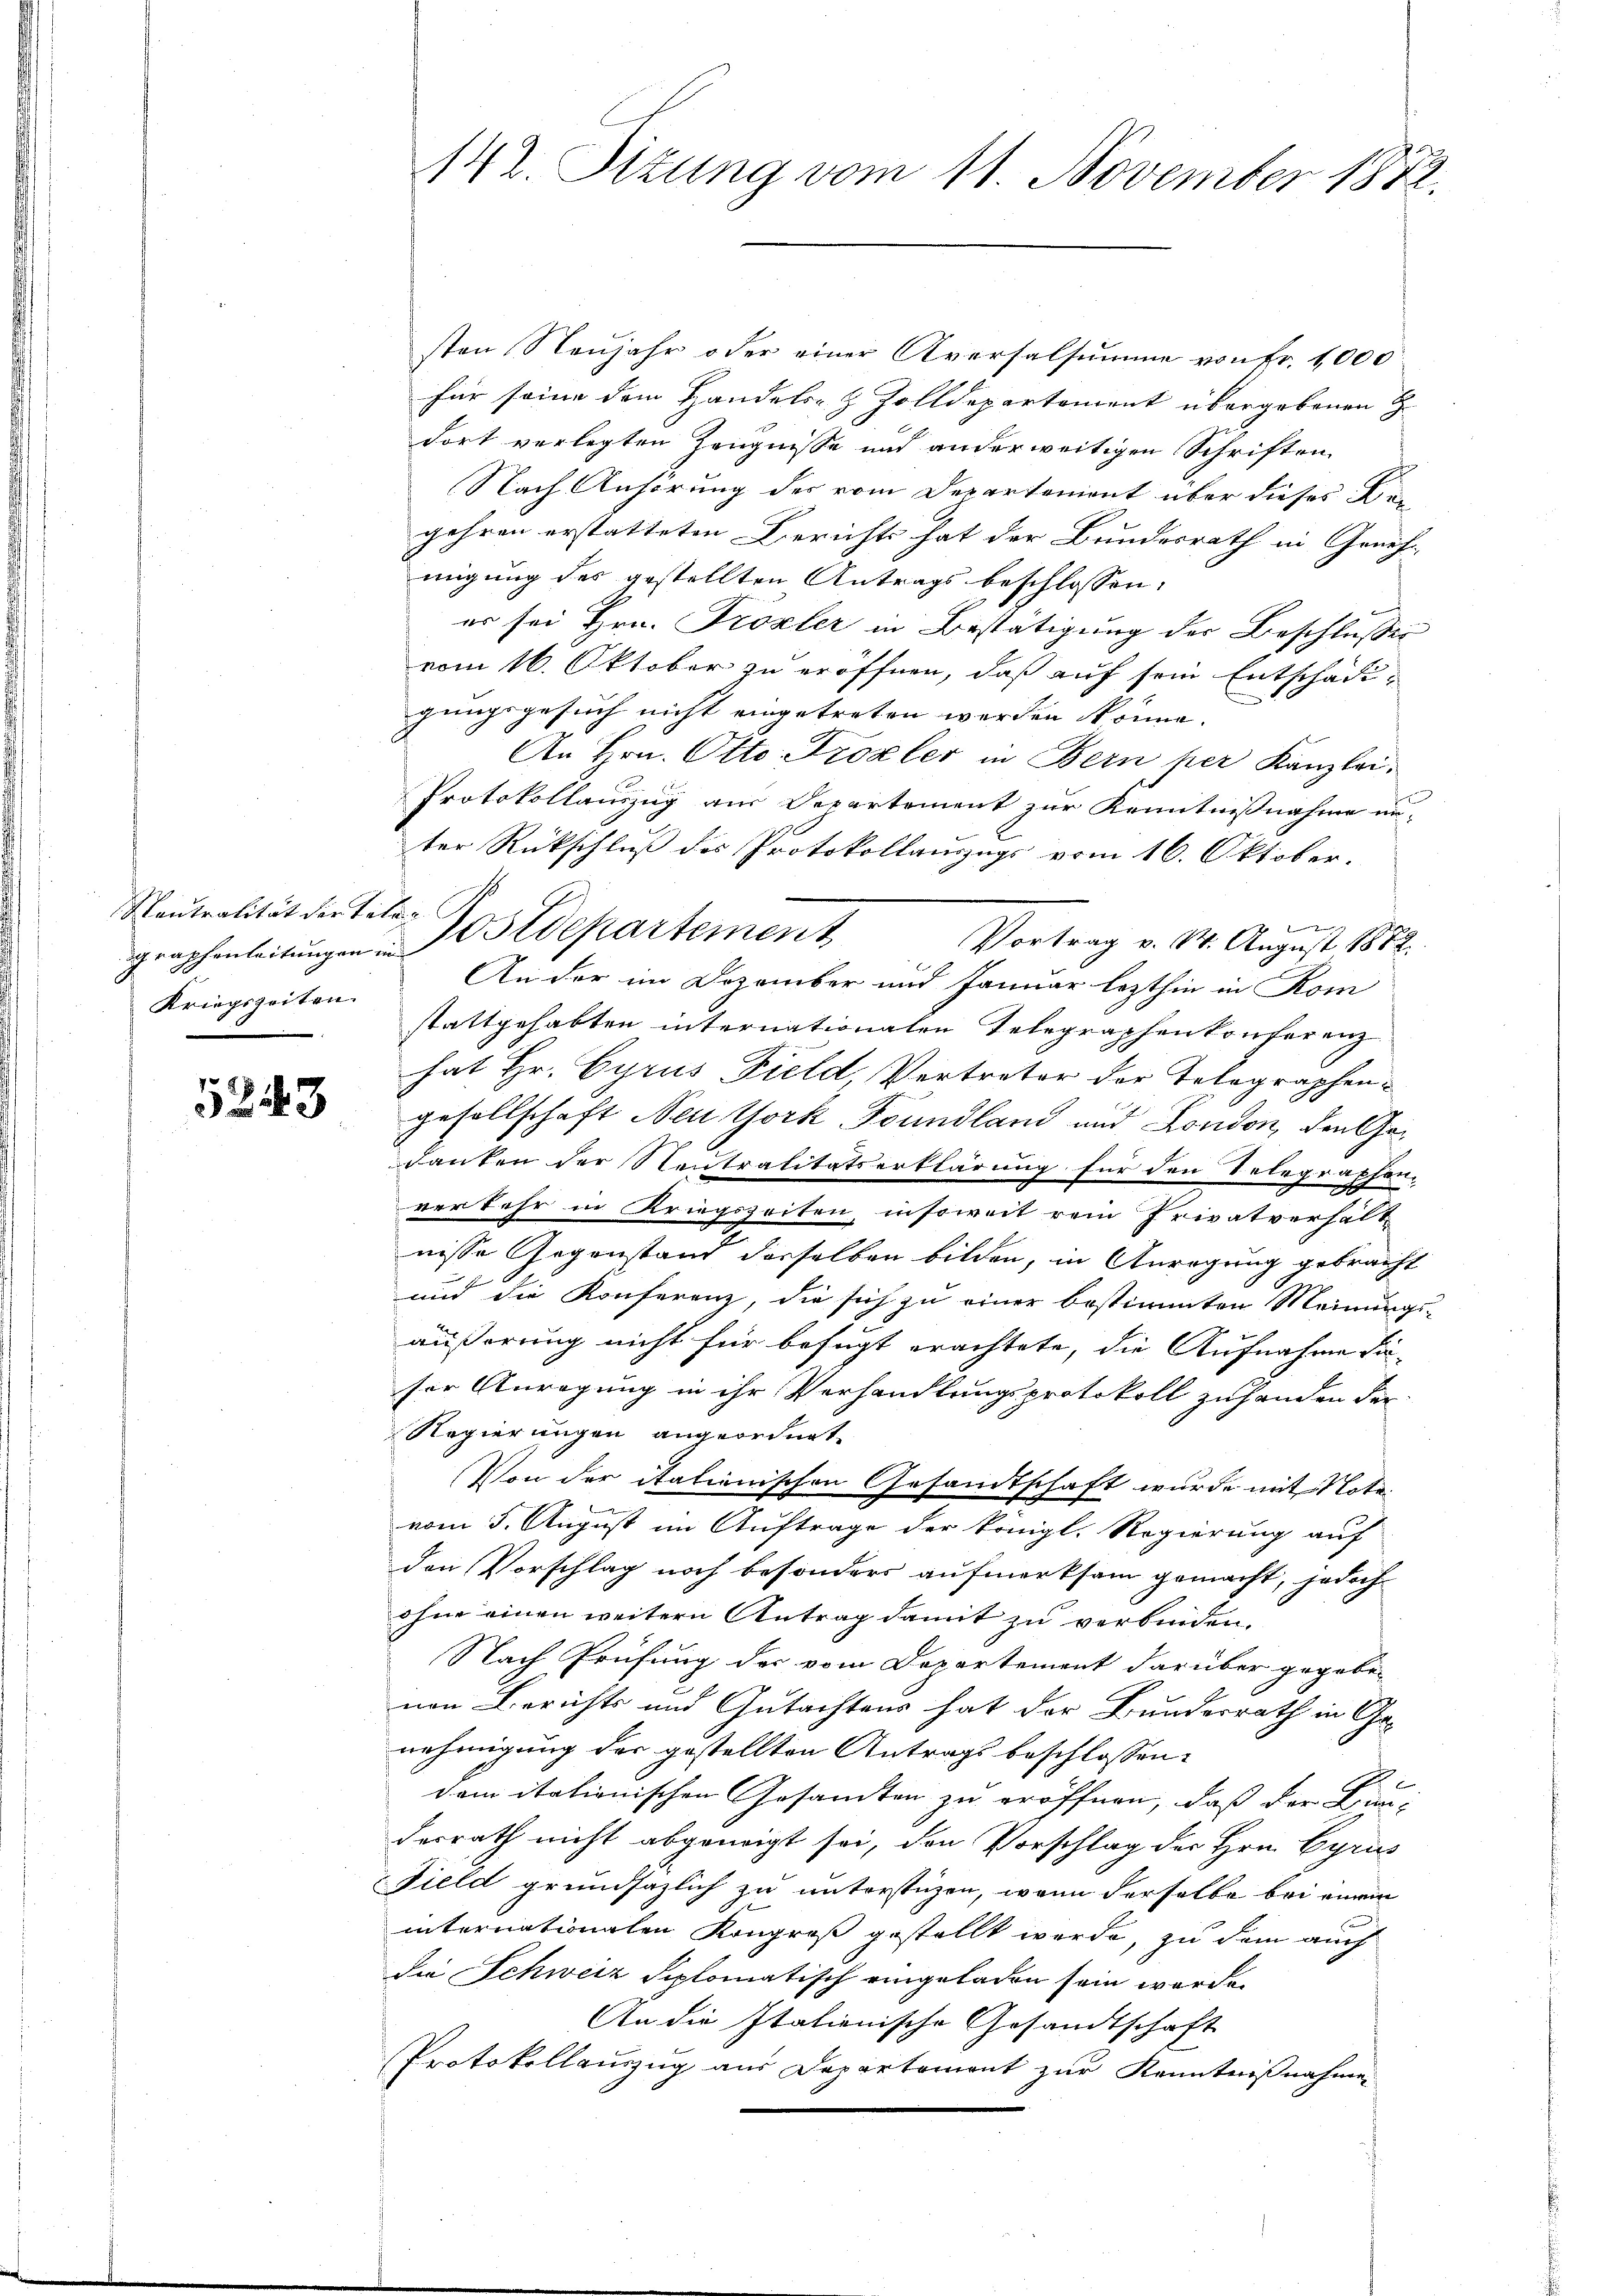
Neutralität der Taten
Kriegszeiten.

5243

142. Pitung vom 11. November 1872.

sten Neujahr oder einer Aversalsumme von Fr. 1000
für seine dem Handels- & Zolldepartement übergebenen H
dort verlegten Zeugnisse und anderweitigen Schriften
Nach Anhörung des vom Departement über dieses Bei
gehren erstatteten Berichts hat der Bundesrath in Geneh-
migung des gestellten Antrags beschlossen:
er sei Hrn. Prozler in Bestätigung der Beschlusser
vom 16. Oktober zu eröffnen, daß auf sein Entschädigungsgesuch nicht eingetreten werden könne.
An Hrn. Otto Trozler in Bern per Kanzlei.
Protokollauszug aus Departement zur Kenntnißnahme un-
ter Rückschluß des Protokollauszugs vom 16. Oktober.
I
graphenleitungen Ostdepartement
Vortrag v. 14. August 1882.
An der im Dezember und Januar lezthin in Kom
stattgehabten internationalen Telegraphen konferenz
hat Hr. Cyrus Field, Vertreter der Totographengesellschaft Neu York Foundland und London, den Gedanken der Neutralitätserklärung für den Telegraphen-
verkehr in Kriegszeiten, insoweit rein Privatverhält
nisse Gegenstand derselben bilden, in Anregung gebracht
und die Konferenz, die sich zu einer bestimmten Meinungs-
äußerung nicht für befugt erachtete, die Aufnahme da-
ser Anregung in ihr Verhandlungsprotokoll zu handen der
Regierungen angeordnet
Von der itationischen Gesandtschaft wurde mit Notavom 5. August im Auftrage der königl. Regierung auf
den Vorschlag noch besonders aufmerksam gemacht, jedoch
ohne einen weitern Antrag damit zu verbinden.
Nach Prüfung des vom Departement darüber gegeben
nen Berichts und Gutachtens hat der Bundesrath in Genehmigung der gestellten Antrags beschlossen:
dem itationischen Gesamten zu eröffnen, daß der Bau-
derrath nicht abgeneigt sei, den Vorschlag des Hrn. Cyris
Field grundsazlich zu unterstüzen, wenn derselbe bei einem
internationalen Kongroß gestellt werde, zu dem auch
die Schweiz diplomatisch eingeladen sein werde.
An die Italienische Gesandtschaft
Protokollauszug aus Departemont zur Kenntnißnahmen